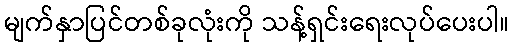
မျက်နှာပြင်တစ်ခုလုံးကို သန့်ရှင်းရေးလုပ်ပေးပါ။